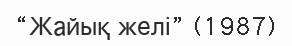
“Жайық желі” (1987)